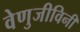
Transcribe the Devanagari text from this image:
वेणुजीविनी